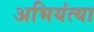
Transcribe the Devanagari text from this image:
अभियंत्या